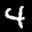
Label: 4